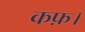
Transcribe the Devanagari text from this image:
कफ़।